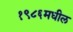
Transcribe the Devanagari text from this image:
१९८६मधील